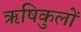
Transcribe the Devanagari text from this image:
ऋषिकुलों